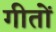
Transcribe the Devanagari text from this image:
गीतों